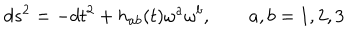
LaTeX: d s ^ { 2 } = - d t ^ { 2 } + h _ { a b } ( t ) \omega ^ { a } \omega ^ { b } , \qquad a , b = 1 , 2 , 3